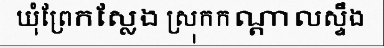
ឃុំព្រែកស្លែង ស្រុកកណ្តាលស្ទឹង